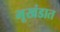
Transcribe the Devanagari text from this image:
भूखंडात